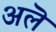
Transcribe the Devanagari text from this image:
अलॆ